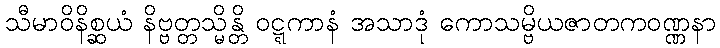
သီမာဝိနိစ္ဆယံ နိဗ္ဗတ္တသ္မိန္တိ ဝဋ္ဋကာနံ အသာဒုံ ကောသမ္ဗိယဇာတကဝဏ္ဏနာ